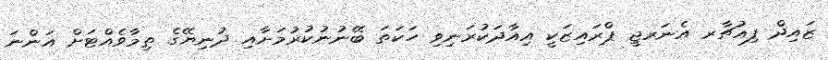
ޒައިދް ފިއުޗާރ އެނަރޖީ ޕްރައިޒަކީ އިއާދަކުރަނިވި ހަކަތަ ބޭނުނުކުރުމަށާއި ދުނިޔޭގެ ތިމާވެއްޓަށް އަންނަ